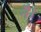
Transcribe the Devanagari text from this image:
नै।